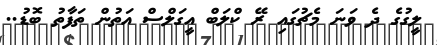
ލީގުގެ ދެ ވަނަ މެޗުގައި ރޭ ކްލަބް އީގަލްސް އަތުން ތަފާތު ބޮޑު..